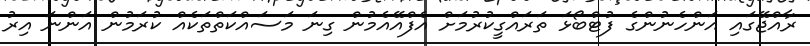
ރާއްޖޭގައި އަންހެނުންގެ ފުޓްބޯޅަ ތަރައްގީކުރުމަށް އެފްއޭއެމުން ގިނަ މަސައްކަތްތަކެއް ކުރަމުން އަންނަ އިރު